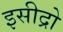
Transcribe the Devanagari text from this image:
इसीद्रो